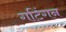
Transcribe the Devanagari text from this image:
गटिंगन